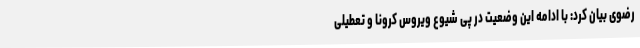
رضوی بیان کرد: با ادامه این وضعیت در پی شیوع ویروس کرونا و تعطیلی